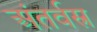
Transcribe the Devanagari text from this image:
अंतर्वस्र